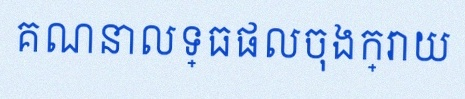
គណនាលទ្ធផលចុងក្រោយ